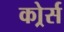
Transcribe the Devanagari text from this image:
कोर्र्स